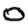
Digit: 0